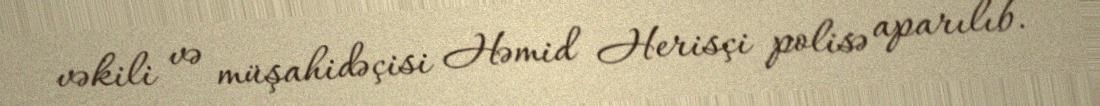
vəkili və müşahidəçisi Həmid Herisçi polisə aparılıb.